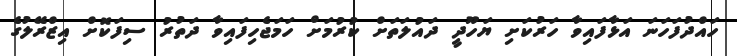
ހައްދުފަހަނަ އަޅާފައިވާ ހަރުކަށި ޔަހޫދީ ދައުލަތަށް ކުރުމަށް ހަމަޖެހިފައިވާ ދަތުރު ސިފަކޮށް އިޒްރޭލުގެ